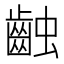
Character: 䶚